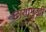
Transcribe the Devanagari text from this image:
छायामुखी